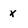
Character: x